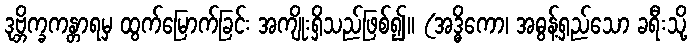
ဒုဗ္ဘိက္ခကန္တာရမှ ထွက်မြောက်ခြင်း အကျိုးရှိသည်ဖြစ်၍။ (အဒ္ဓိကော၊ အဓွန့်ရှည်သော ခရီးသို့